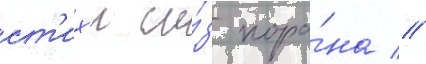
ст'их'и и́з кора́на //